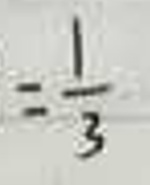
$=\frac{1}{3}$